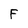
Character: F